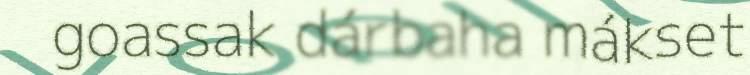
goassak dárbaha mákset